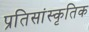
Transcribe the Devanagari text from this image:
प्रतिसांस्कृतिक